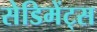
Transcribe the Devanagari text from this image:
सेडिमेंट्स